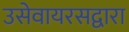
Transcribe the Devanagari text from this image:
उसेवायरसद्वारा